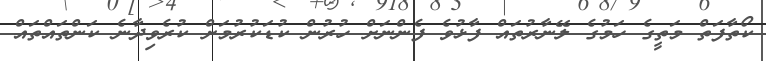
ކޯތާފަތް މަތީގެ ހަމުގެ ލޭނާރުތައް ފާޅުވެ ފެންނަށް ހުރުން ކުޑަކުރުމަށް ކުރެވިދާނެ ކަންތައްތައް